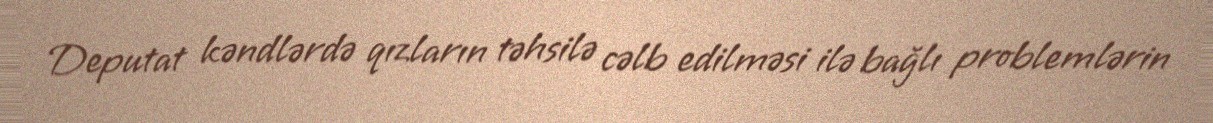
Deputat kəndlərdə qızların təhsilə cəlb edilməsi ilə bağlı problemlərin